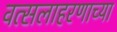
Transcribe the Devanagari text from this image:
वत्सलाहरणाच्या